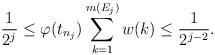
LaTeX: \begin{align*} \frac{1}{2^j} \leq \varphi(t_{n_j}) \sum_{k=1}^{m(E_j)}w(k) \leq \frac{1}{2^{j-2}}.\end{align*}